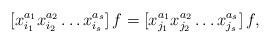
LaTeX: \begin{align*}[x_{i_1}^{a_1}x_{i_2}^{a_2}\dots x_{i_s}^{a_s}]\,f=[x_{j_1}^{a_1}x_{j_2}^{a_2}\dots x_{j_s}^{a_s}]\,f,\end{align*}